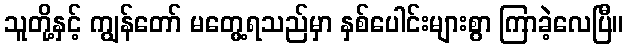
သူတို့နှင့် ကျွန်တော် မတွေ့ရသည်မှာ နှစ်ပေါင်းများစွာ ကြာခဲ့လေပြီ။